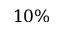
1 0 \%